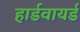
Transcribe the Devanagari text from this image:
हार्डवायर्ड